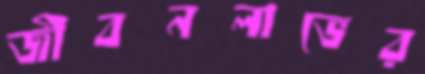
জীবনলাভের